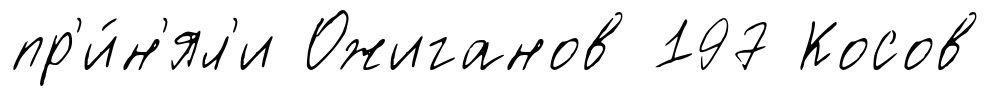
пр'и́н'ял'и Ожиганов 197 Косов